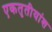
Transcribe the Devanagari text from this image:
एकतृतीयांश